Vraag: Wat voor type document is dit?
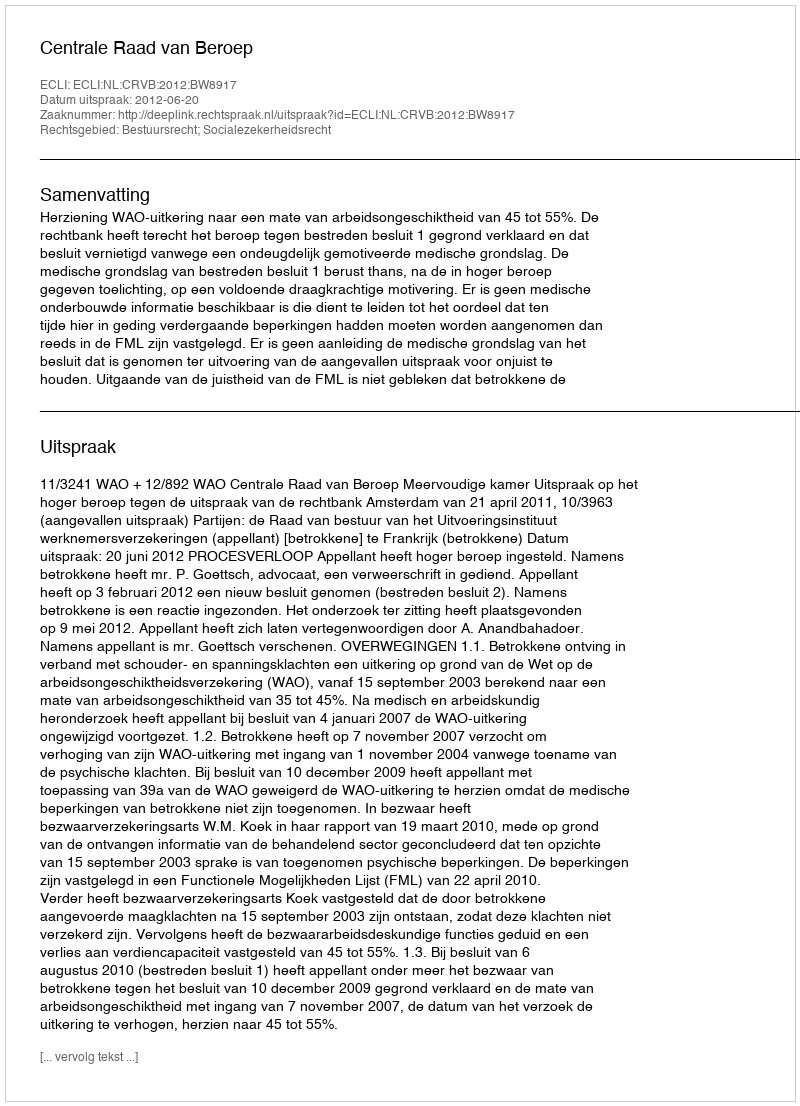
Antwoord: Uitspraak